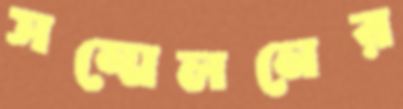
সম্মেলনের